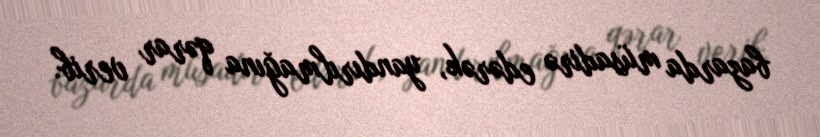
bazarda müsadirə edərək, yandırılmağına qərar verib.